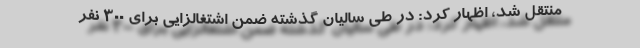
منتقل شد، اظهار کرد: در طی سالیان گذشته ضمن اشتغالزایی برای 300 نفر